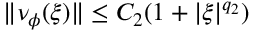
\| \nu _ { \phi } ( \xi ) \| \le C _ { 2 } ( 1 + | \xi | ^ { q _ { 2 } } )